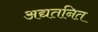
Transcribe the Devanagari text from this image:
अद्यतनित